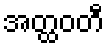
အတ္ထဝတီ